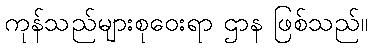
ကုန်သည်များစုဝေးရာ ဌာန ဖြစ်သည်။